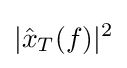
|{\hat {x}}_{T}(f)|^{2}